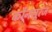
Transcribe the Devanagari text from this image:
कौनसूरज